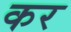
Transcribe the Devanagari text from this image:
कर